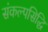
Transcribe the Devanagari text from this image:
संकल्पसिद्धि